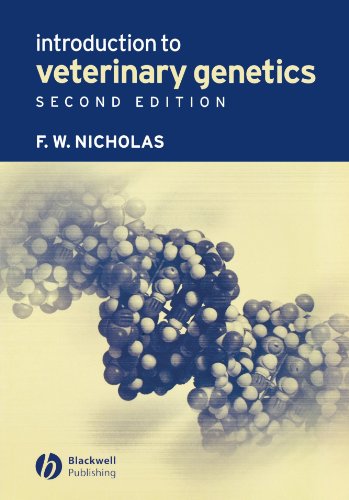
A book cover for Introduction to Veterinary Genetics; Frank W. Nicholas; Medical Books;